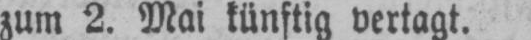
zum 2. Mai künftig vertagt.